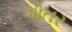
ગોતર